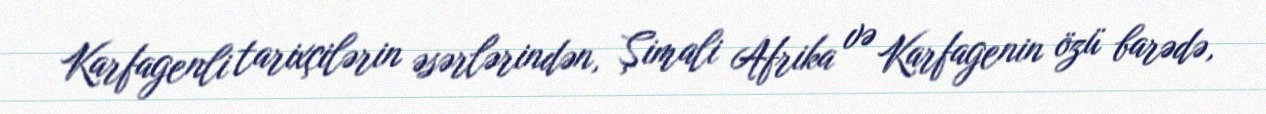
Karfagenli tarixçilərin əsərlərindən, Şimali Afrika və Karfagenin özü barədə,